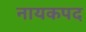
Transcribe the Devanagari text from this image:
नायकपद